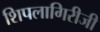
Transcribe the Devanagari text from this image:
शिपलागिरीजी